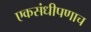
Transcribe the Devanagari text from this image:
एकसंधीपणाच